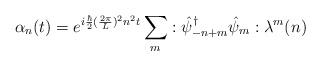
\begin{align*}\alpha_n (t) = e^{i{\hbar\over 2}({2\pi\over L})^2 n^2 t}\sum_m:{\hat\psi_{-n+m}}^\dagger \hat\psi_m: \lambda^m(n)\end{align*}